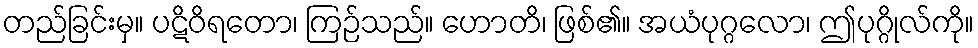
တည်ခြင်းမှ။ ပဋိဝိရတော၊ ကြဉ်သည်။ ဟောတိ၊ ဖြစ်၏။ အယံပုဂ္ဂလော၊ ဤပုဂ္ဂိုလ်ကို။